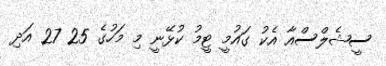
ސީޝެލްސްއާ އެކު ގައުމީ ޓީމު ކުޅޭނީ މި މަހުގެ 25 27 އަދި